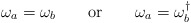
\begin{align*}\omega_a = \omega_b\qquad\mbox{or}\qquad\omega_a = \omega_b^\dagger\end{align*}